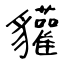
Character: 貛